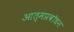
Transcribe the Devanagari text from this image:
आत्मप्रबोधन